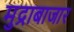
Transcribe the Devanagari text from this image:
मुद्राबाजार